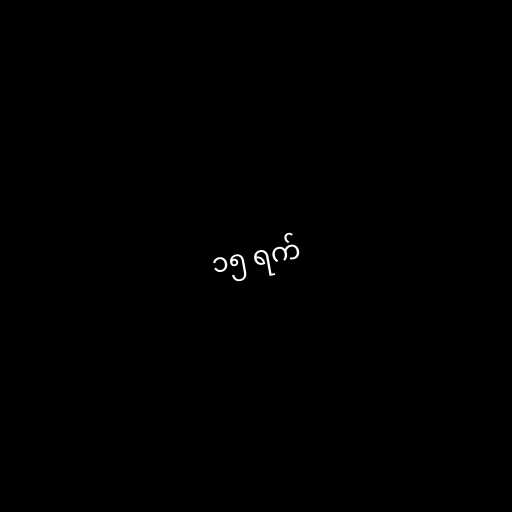
၁၅ ရက်